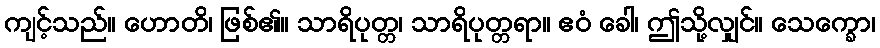
ကျင့်သည်။ ဟောတိ၊ ဖြစ်၏။ သာရိပုတ္တ၊ သာရိပုတ္တရာ။ ဧဝံ ခေါ၊ ဤသို့လျှင်။ သေက္ခော၊